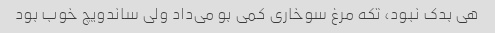
هی بدک نبود، تکه مرغ سوخاری کمی بو می‌داد ولی ساندویچ خوب بود